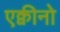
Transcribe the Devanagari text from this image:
एक्वीनो